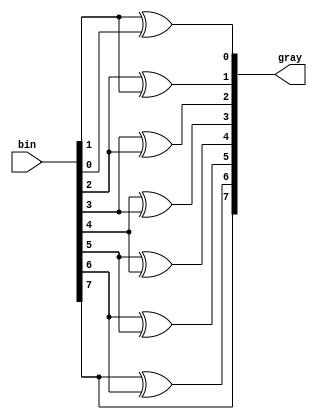
module bin_to_gray #(
	parameter N = 8
)(
	input [N-1:0] bin,
	output [N-1:0] gray
);

	assign gray[N-1] = bin[N-1];

	genvar i;
	generate
		for (i=0; i<N-1; i=i+1) begin
			assign gray[i] = bin[i+1] ^ bin[i];
		end
	endgenerate

endmodule